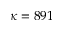
\kappa = 8 9 1